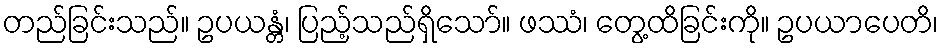
တည်ခြင်းသည်။ ဥပယန္တံ၊ ပြည့်သည်ရှိသော်။ ဖဿံ၊ တွေ့ထိခြင်းကို။ ဥပယာပေတိ၊